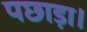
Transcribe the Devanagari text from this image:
पछाड़ा।